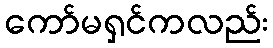
ကော်မရှင်ကလည်း